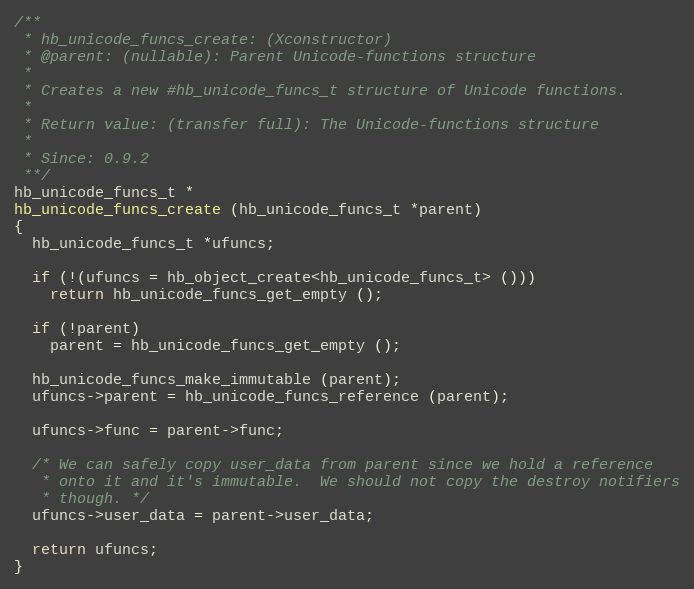
Language: C++
/**
 * hb_unicode_funcs_create: (Xconstructor)
 * @parent: (nullable): Parent Unicode-functions structure
 *
 * Creates a new #hb_unicode_funcs_t structure of Unicode functions.
 *
 * Return value: (transfer full): The Unicode-functions structure
 *
 * Since: 0.9.2
 **/
hb_unicode_funcs_t *
hb_unicode_funcs_create (hb_unicode_funcs_t *parent)
{
  hb_unicode_funcs_t *ufuncs;

  if (!(ufuncs = hb_object_create<hb_unicode_funcs_t> ()))
    return hb_unicode_funcs_get_empty ();

  if (!parent)
    parent = hb_unicode_funcs_get_empty ();

  hb_unicode_funcs_make_immutable (parent);
  ufuncs->parent = hb_unicode_funcs_reference (parent);

  ufuncs->func = parent->func;

  /* We can safely copy user_data from parent since we hold a reference
   * onto it and it's immutable.  We should not copy the destroy notifiers
   * though. */
  ufuncs->user_data = parent->user_data;

  return ufuncs;
}